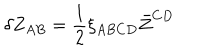
\delta Z _ { A B } = \frac { 1 } { 2 } \xi _ { A B C D } \bar { Z } ^ { C D }